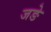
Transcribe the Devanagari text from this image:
जङे